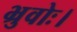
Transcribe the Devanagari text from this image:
भ्रुवोः।